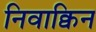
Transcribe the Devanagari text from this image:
निवाक्विन